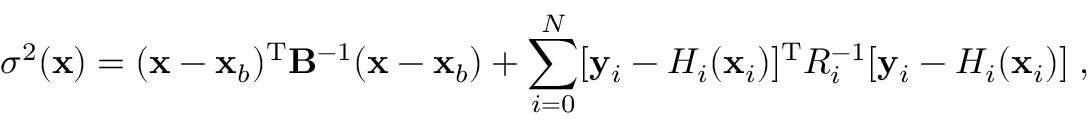
\sigma ^ { 2 } ( { \bf x } ) = ( { \bf x } - { \bf x } _ { b } ) ^ { \mathrm { T } } { \bf B } ^ { - 1 } ( { \bf x } - { \bf x } _ { b } ) + \sum _ { i = 0 } ^ { N } [ { \bf y } _ { i } - H _ { i } ( { \bf x } _ { i } ) ] ^ { \mathrm { T } } R _ { i } ^ { - 1 } [ { \bf y } _ { i } - H _ { i } ( { \bf x } _ { i } ) ] \; ,